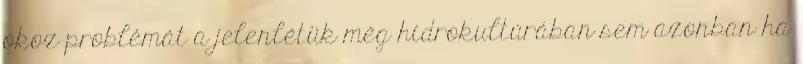
okoz problémát a jelenlétük még hidrokultúrában sem azonban ha